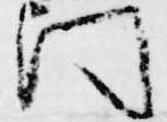
門